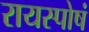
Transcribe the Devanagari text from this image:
रायस्पोषं